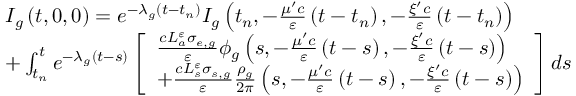
\begin{array} { l } { { I _ { g } \left( t , \mathrm { 0 } , \mathrm { 0 } \right) = e ^ { - \lambda _ { g } \left( t - t _ { n } \right) } I _ { g } \left( t _ { n } , - \frac { \mu ^ { \prime } c } { \varepsilon } \left( t - t _ { n } \right) , - \frac { \xi ^ { \prime } c } { \varepsilon } \left( t - t _ { n } \right) \right) } } \\ { { + \int _ { t _ { n } } ^ { t } e ^ { - \lambda _ { g } \left( t - s \right) } \left[ \begin{array} { l } { { \frac { c L _ { a } ^ { \varepsilon } \sigma _ { e , g } } { \varepsilon } \phi _ { g } \left( s , - \frac { \mu ^ { \prime } c } { \varepsilon } \left( t - s \right) , - \frac { \xi ^ { \prime } c } { \varepsilon } \left( t - s \right) \right) } } \\ { { + \frac { c L _ { s } ^ { \varepsilon } \sigma _ { s , g } } { \varepsilon } \frac { \rho _ { g } } { \mathrm { 2 } \pi } \left( s , - \frac { \mu ^ { \prime } c } { \varepsilon } \left( t - s \right) , - \frac { \xi ^ { \prime } c } { \varepsilon } \left( t - s \right) \right) } } \end{array} \right] d s } } \end{array}